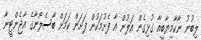
ލިބުނު ނާކާމިޔާބީއާ ގުޅިގެން އަލުން އާ ފެށުމަކުން ފަށަން ކަމަށް ބާސެލޯނާގެ އާޖެންޓީނާ